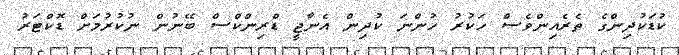
ކުޑަކުދިންގެ ތެރެއިންވެސް ހަކުރު ހުންނަ ކުދިން އެނާޖީ ޑްރިންކްސް ބޭނުން ނުކުރުމަށް ޑޮކްޓަރު